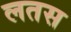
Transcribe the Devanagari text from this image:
लतस